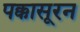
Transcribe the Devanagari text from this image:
पक्कासूरन